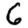
Digit: 6